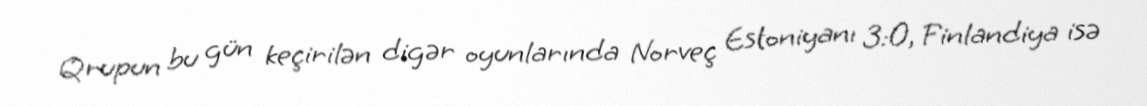
Qrupun bu gün keçirilən digər oyunlarında Norveç Estoniyanı 3:0, Finlandiya isə